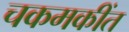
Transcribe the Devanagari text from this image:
चकमकींत